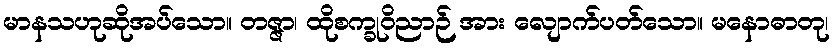
မာနသဟုဆိုအပ်သော။ တဇ္ဇာ၊ ထိုစက္ခုဝိညာဉ် အား လျောက်ပတ်သော။ မနောဓာတု၊